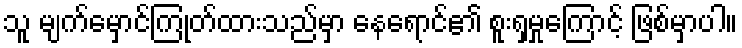
သူ မျက်မှောင်ကြုတ်ထားသည်မှာ နေရောင်၏ စူးရှမှုကြောင့် ဖြစ်မှာပါ။